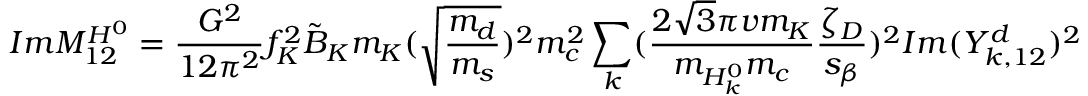
I m M _ { 1 2 } ^ { H ^ { 0 } } = \frac { G ^ { 2 } } { 1 2 \pi ^ { 2 } } f _ { K } ^ { 2 } \tilde { B } _ { K } m _ { K } ( \sqrt { \frac { m _ { d } } { m _ { s } } } ) ^ { 2 } m _ { c } ^ { 2 } \sum _ { k } ( \frac { 2 \sqrt { 3 } \pi v m _ { K } } { m _ { H _ { k } ^ { 0 } } m _ { c } } \frac { \zeta _ { D } } { s _ { \beta } } ) ^ { 2 } I m ( Y _ { k , 1 2 } ^ { d } ) ^ { 2 }